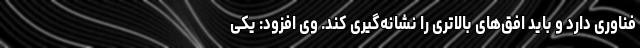
فناوری دارد و باید افق‌های بالاتری را نشانه‌گیری کند. وی افزود: یکی